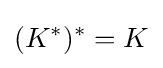
(K^{*})^{*}=K